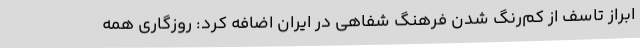
ابراز تاسف از کم‌رنگ شدن فرهنگ شفاهی در ایران اضافه کرد: روزگاری همه